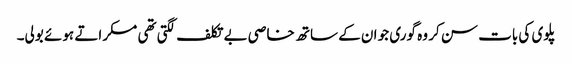
پلوی کی بات سن کر وہ گوری جو ان کے ساتھ خاصی بے تکلف لگتی تھی مسکراتے ہوئے بولی۔